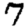
Digit: 7